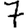
Digit: 7